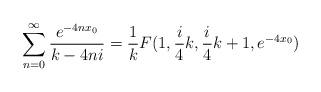
LaTeX: \begin{align*}\sum_{n=0}^{\infty}\frac{e^{-4nx_{0}}}{k-4ni} =\frac{1}{k} F(1,\frac{i}{4}k,\frac{i}{4}k+1,e^{-4x_{0}})\end{align*}